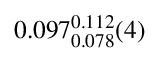
0 . 0 9 7 _ { 0 . 0 7 8 } ^ { 0 . 1 1 2 } ( 4 )